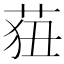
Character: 莥